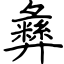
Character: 彝